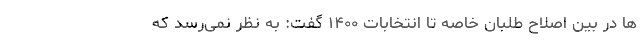
ها در بین اصلاح طلبان خاصه تا انتخابات ۱۴۰۰ گفت:‌ به نظر نمی‌رسد که